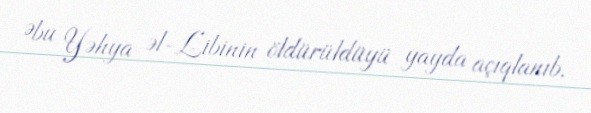
Əbu Yəhya əl-Libinin öldürüldüyü yayda açıqlanıb.